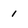
Character: i